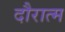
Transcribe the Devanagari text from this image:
दौरात्म